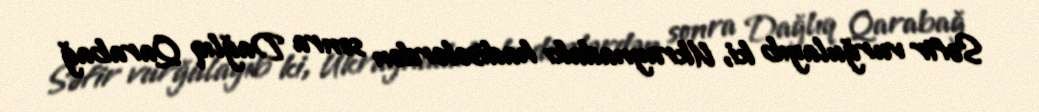
Səfir vurğulayıb ki, Ukraynadakı hadisələrdən sonra Dağlıq Qarabağ